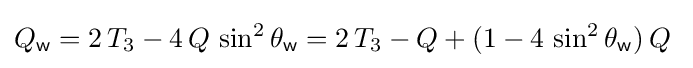
Q_{\mathsf {w}}=2\,T_{3}-4\,Q\,\sin ^{2}\theta _{\mathsf {w}}=2\,T_{3}-Q+(1-4\,\sin ^{2}\theta _{\mathsf {w}})\,Q~